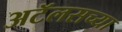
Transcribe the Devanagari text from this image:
अटॅलसच्या